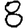
Digit: 8